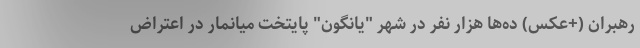
رهبران (+عکس) ده‌ها هزار نفر در شهر "یانگون" پایتخت میانمار در اعتراض